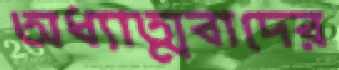
অধ্যাত্মবাদের